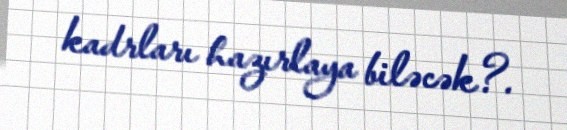
kadrları hazırlaya biləcək?.